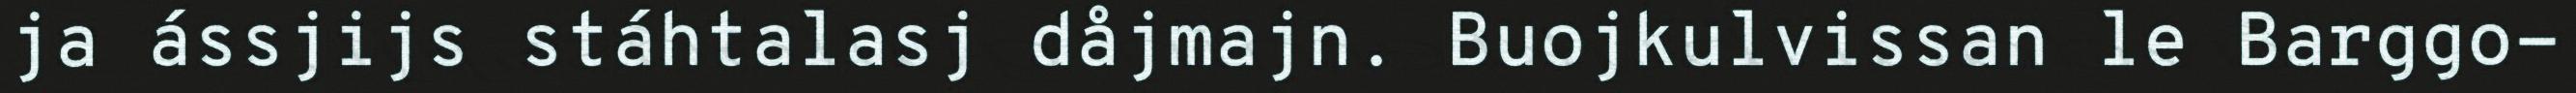
ja ássjijs stáhtalasj dåjmajn. Buojkulvissan le Barggo-